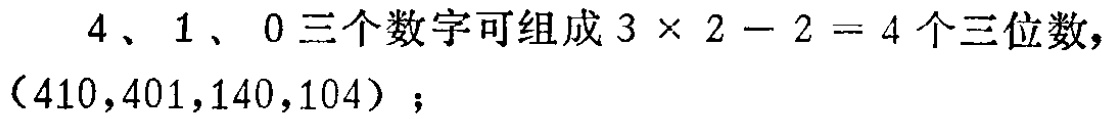
$4、1、0$三个数字可组成$3\times 2 - 2 = 4$个三位数，（$410,401,140,104$）；